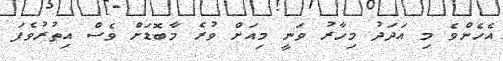
އެހެންވެ މި އަދަދު މިހާރު ވަނީ މިއަށް ވުރެ މާބޮޑަށް ވެސް އިތުރުވެފަ